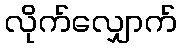
လိုက်လျှောက်